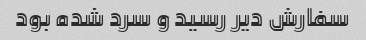
سفارش دیر رسید و سرد شده بود